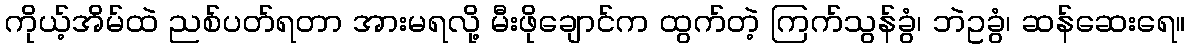
ကိုယ့်အိမ်ထဲ ညစ်ပတ်ရတာ အားမရလို့ မီးဖိုချောင်က ထွက်တဲ့ ကြက်သွန်ခွံ၊ ဘဲဥခွံ၊ ဆန်ဆေးရေ။